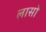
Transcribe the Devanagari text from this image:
लासो